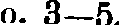
o. 3—5.